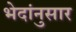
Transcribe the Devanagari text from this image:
भेदांनुसार